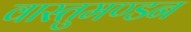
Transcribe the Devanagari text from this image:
वास्तुमण्डन